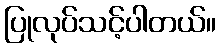
ပြုလုပ်သင့်ပါတယ်။